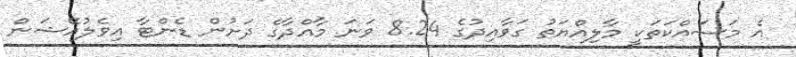
އެ މަސައްކަތަކީ މާލިއްޔަތު ގަވާއިދުގެ 8.24 ވަނަ މާއްދާގެ ދަށުން ޑެންޓާ އިވެލުއޭޝަން